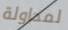
لمحاولة